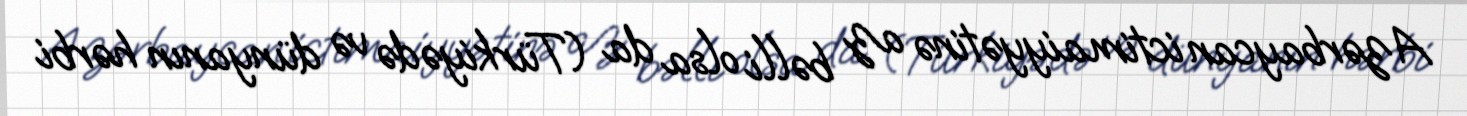
Azərbaycan ictimaiyyətinə az bəlli olsa da (Türkiyədə və dünyanın hərbi